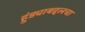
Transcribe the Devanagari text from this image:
हुंड्याबद्दलचा